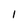
Character: l